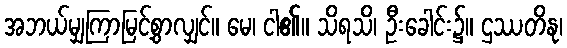
အဘယ်မျှကြာမြင့်စွာလျှင်။ မေ၊ ငါ၏။ သိရသိ၊ ဦးခေါင်း၌။ ဌဿတိနု၊